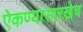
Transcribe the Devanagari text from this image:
ऐकण्यासारखेच